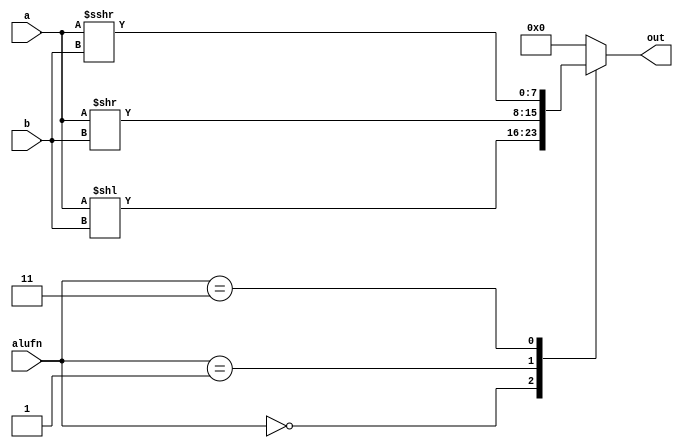
/*
   This file was generated automatically by the Mojo IDE version B1.3.6.
   Do not edit this file directly. Instead edit the original Lucid source.
   This is a temporary file and any changes made to it will be destroyed.
*/

module shifter_7 (
    input [7:0] a,
    input [7:0] b,
    input [1:0] alufn,
    output reg [7:0] out
  );
  
  
  
  always @* begin
    
    case (alufn)
      2'h0: begin
        out = a << b;
      end
      2'h1: begin
        out = a >> b;
      end
      2'h3: begin
        out = $signed(a) >>> b;
      end
      default: begin
        out = 1'h0;
      end
    endcase
  end
endmodule